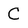
Character: C